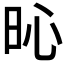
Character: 𣅵